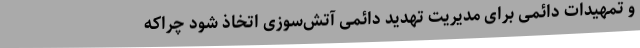
و تمهیدات دائمی برای مدیریت تهدید دائمی آتش‌سوزی اتخاذ شود چراکه